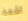
اشعة